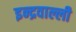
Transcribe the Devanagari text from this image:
इन्द्रवाल्ली